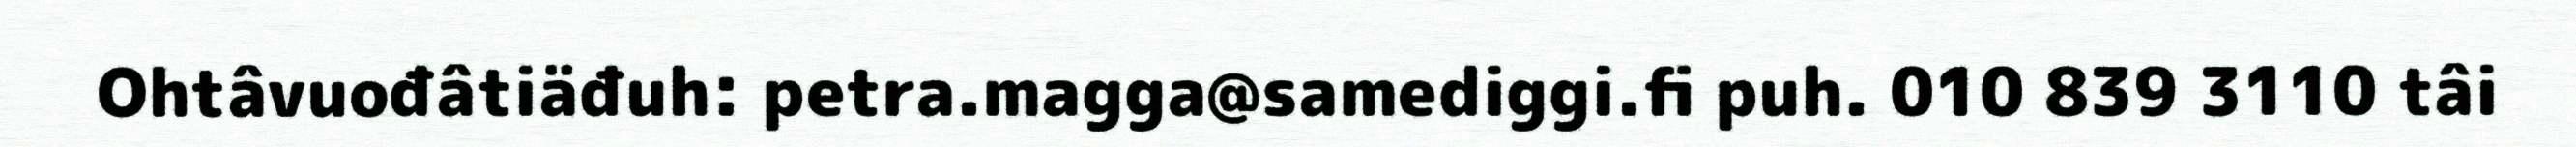
Ohtâvuođâtiäđuh: petra.magga@samediggi.fi puh. 010 839 3110 tâi